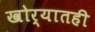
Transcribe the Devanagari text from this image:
खोर्‍यातही